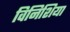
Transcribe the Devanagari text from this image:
विनिशिया